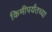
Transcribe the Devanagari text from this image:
किमीपर्यंतच्या